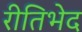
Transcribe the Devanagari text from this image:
रीतिभेद